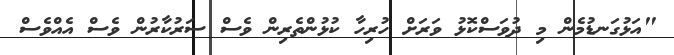
"އަޅުގަނޑުމެން މި ދުވަސްކޮޅު ވަރަށް ހުރިހާ ކުޅުންތެރިން ވެސް ސަރުކާރުން ވެސް އެއްވެސް